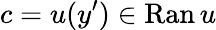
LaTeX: c=u(y^{\prime})\in\mathrm{Ran}\, u